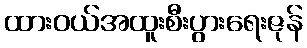
ထားဝယ်အထူးစီးပွားရေးဇုန်